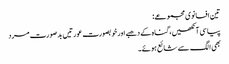
تین افسانوی مجموعے:
پیاسی آنکھیں، گناہ کے دھبے اور خوبصورت عورتیں بدصورت مرد
بھی الگ سے شائع ہوئے۔